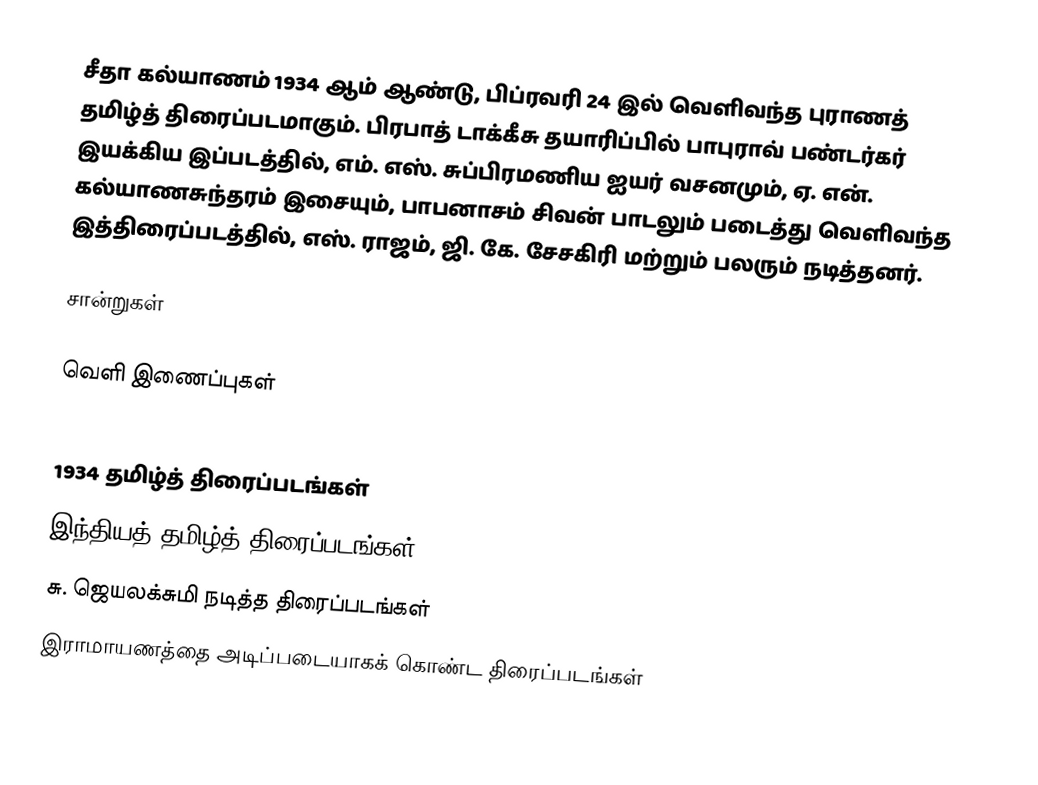
சீதா கல்யாணம் 1934 ஆம் ஆண்டு, பிப்ரவரி 24 இல் வெளிவந்த புராணத் தமிழ்த் திரைப்படமாகும். பிரபாத் டாக்கீசு தயாரிப்பில் பாபுராவ் பண்டர்கர் இயக்கிய இப்படத்தில், எம். எஸ். சுப்பிரமணிய ஐயர் வசனமும், ஏ. என். கல்யாணசுந்தரம் இசையும், பாபனாசம் சிவன் பாடலும் படைத்து வெளிவந்த இத்திரைப்படத்தில், எஸ். ராஜம், ஜி. கே. சேசகிரி மற்றும் பலரும் நடித்தனர்.

சான்றுகள்

வெளி இணைப்புகள்

1934 தமிழ்த் திரைப்படங்கள்
இந்தியத் தமிழ்த் திரைப்படங்கள்
சு. ஜெயலக்சுமி நடித்த திரைப்படங்கள்
இராமாயணத்தை அடிப்படையாகக் கொண்ட திரைப்படங்கள்